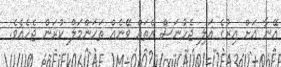
އޭނާ އަށް އިރުގެ އަލި ޖެހުނަސް އެތައް ވޭނެއް ތަހަންމަލް ކުރަން ޖެހެއެވެ.